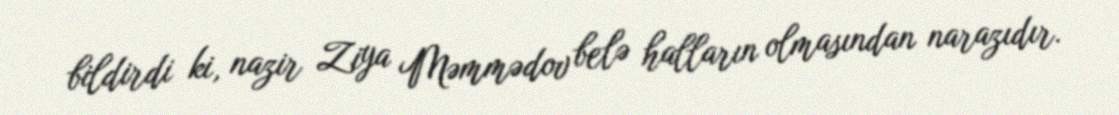
bildirdi ki, nazir Ziya Məmmədov belə halların olmasından narazıdır.